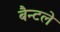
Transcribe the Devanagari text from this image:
बैन्टले